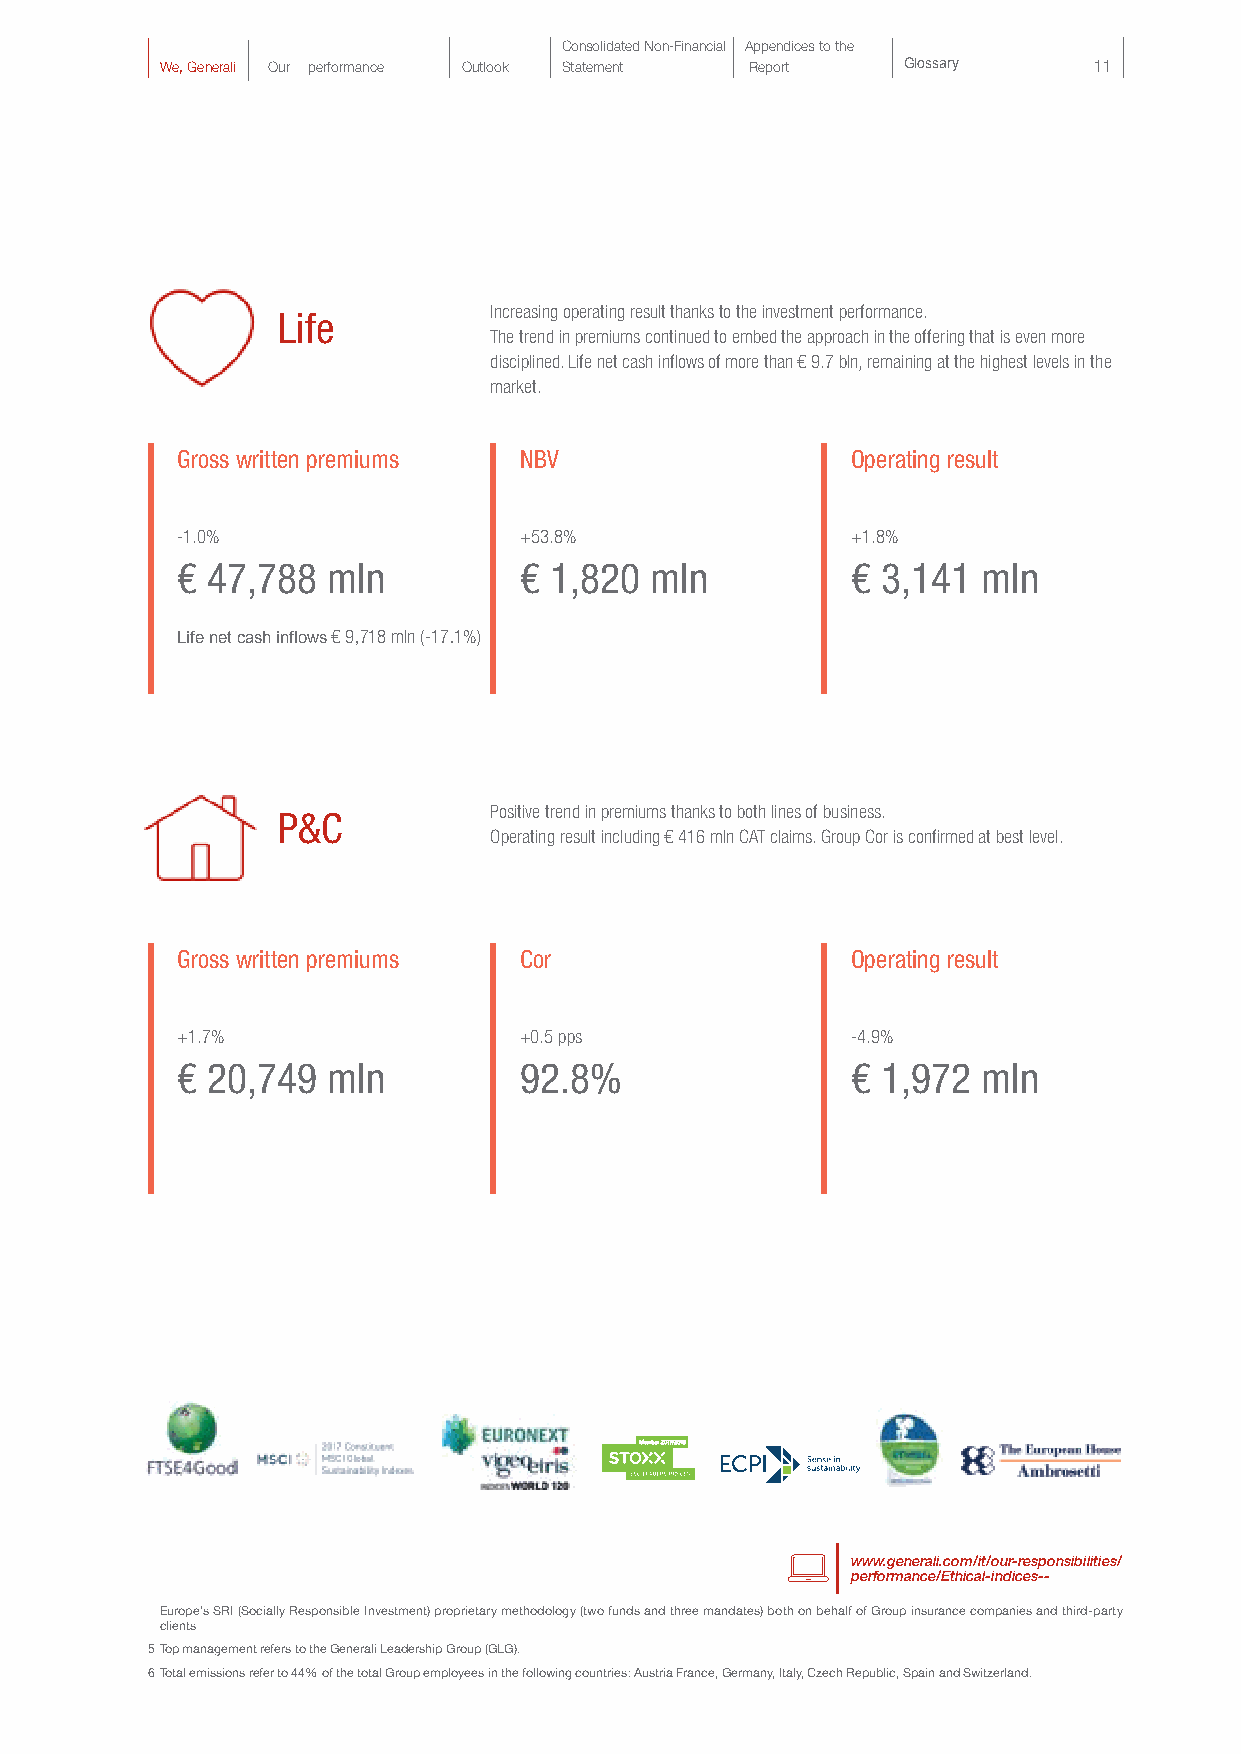
Consolidated Non-Financial Appendices to the
 We, Generali Our performance Outlook Statement Report Glossary 11
 Increasing operating result thanks to the investment performance.
 Life
 The trend in premiums continued to embed the approach in the offering that is even more
 disciplined. Life net cash inflows of more than € 9.7 bln, remaining at the highest levels in the
 market.
 Gross written premiums NBV                  Operating result
 -1.0%                 +53.8%                +1.8%
 € 47,788  mln         € 1,820  mln          € 3,141  mln
 Life net cash inflows € 9,718 mln (-17.1%)
 Positive trend in premiums thanks to both lines of business.
 P&C
 Operating result including € 416 mln CAT claims. Group Cor is confirmed at best level.
 Gross written premiums Cor                  Operating result
 +1.7%                 +0.5 pps              -4.9%
 € 20,749  mln         92.8%                 € 1,972  mln
 Member 2017/2018
 www.generali.com/it/our-responsibilities/
 performance/Ethical-indices--
 Europe’s SRI (Socially Responsible Investment) proprietary methodology (two funds and three mandates) both on behalf of Group insurance companies and third-party
 clients
 5 Top management refers to the Generali Leadership Group (GLG).
 6 Total emissions refer to 44% of the total Group employees in the following countries: Austria France, Germany, Italy, Czech Republic, Spain and Switzerland.